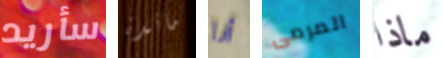
سأريد مائدة أنا المرمى ماذا